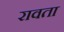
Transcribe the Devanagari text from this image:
रावता